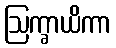
ဩက္ခာယိကာ